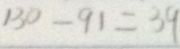
1 3 0 - 9 1 = 3 9